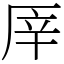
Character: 厗